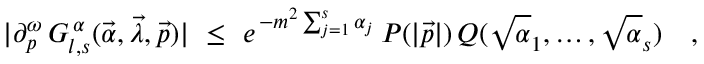
\vert \partial _ { p } ^ { \omega } \, G _ { l , s } ^ { \, \alpha } ( \vec { \alpha } , \vec { \lambda } , \vec { p } ) \vert \ \leq \ e ^ { \, - m ^ { 2 } \sum _ { j = 1 } ^ { s } \alpha _ { j } } \, P ( \vert \vec { p } \vert ) \, Q ( \sqrt \alpha _ { 1 } , \ldots , \sqrt \alpha _ { s } ) \quad ,